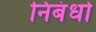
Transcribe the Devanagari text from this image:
निबंधो